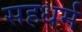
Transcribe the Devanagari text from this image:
सहधर्म